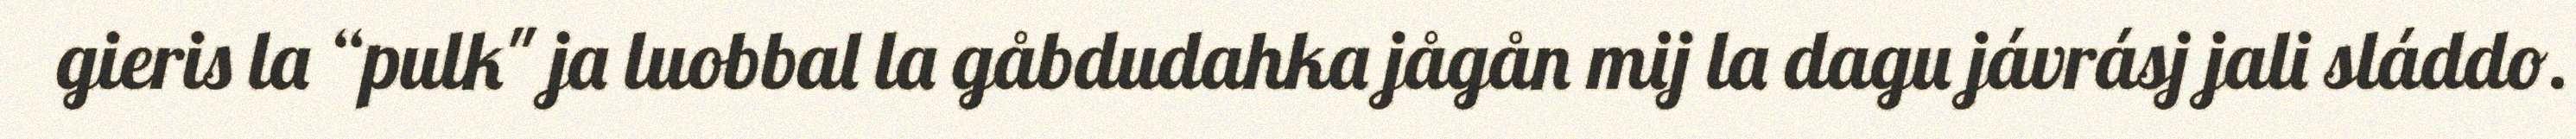
gieris la “pulk" ja luobbal la gåbdudahka jågån mij la dagu jávrásj jali sláddo.